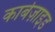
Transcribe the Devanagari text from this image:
कार्बेज़ाइड